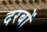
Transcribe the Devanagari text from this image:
दरबों